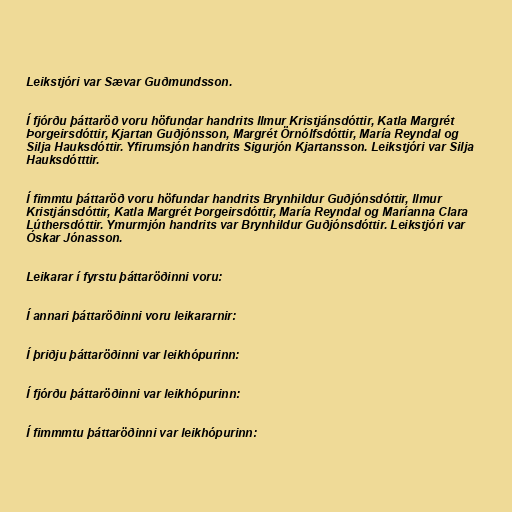
Leikstjóri var Sævar Guðmundsson.

Í fjórðu þáttaröð voru höfundar handrits Ilmur Kristjánsdóttir, Katla Margrét
Þorgeirsdóttir, Kjartan Guðjónsson, Margrét Örnólfsdóttir, María Reyndal og
Silja Hauksdóttir. Yfirumsjón handrits Sigurjón Kjartansson. Leikstjóri var Silja
Hauksdótttir.

Í fimmtu þáttaröð voru höfundar handrits Brynhildur Guðjónsdóttir, Ilmur
Kristjánsdóttir, Katla Margrét Þorgeirsdóttir, María Reyndal og Maríanna Clara
Lúthersdóttir. Ymurmjón handrits var Brynhildur Guðjónsdóttir. Leikstjóri var
Óskar Jónasson.

Leikarar í fyrstu þáttaröðinni voru:

Í annari þáttaröðinni voru leikararnir:

Í þriðju þáttaröðinni var leikhópurinn:

Í fjórðu þáttaröðinni var leikhópurinn:

Í fimmmtu þáttaröðinni var leikhópurinn: